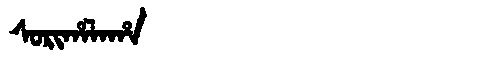
Manchu: ᠰᠣᡵᡳᡥᠠᠯᠠᡥᠠ
Romanization: SORIHALAHA